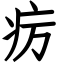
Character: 疠